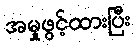
အမှုဖွင့်ထားပြီး